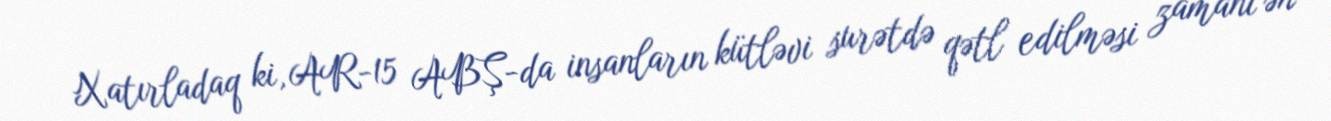
Xatırladaq ki, AR-15 ABŞ-da insanların kütləvi surətdə qətl edilməsi zamanı ən